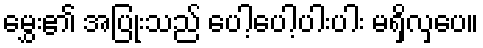
မွှေး၏ အပြုံးသည် ပေါ့ပေါ့ပါးပါး မရှိလှပေ။